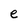
Character: e